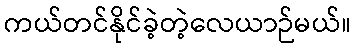
ကယ်တင်နိုင်ခဲ့တဲ့လေယာဉ်မယ်။